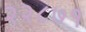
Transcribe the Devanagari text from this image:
२२८७१